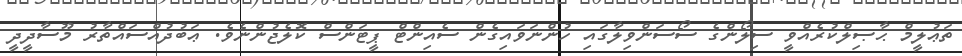
ތަޢުލީމް ޙާޞިލްކުރެއްވީ ސިލޯންގެ ސޯސަންވިލާގައި ހުންނަވައިގެން ސެއިންޓް ޕީޓަންސް ކޮލެޖުންނެވެ. ޢަބުދުއްސައްތާރު މޫސާދީދީ